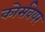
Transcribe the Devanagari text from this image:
कोर्सवेयर